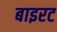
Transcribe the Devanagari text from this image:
बाइरट